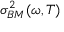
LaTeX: \sigma _ { B M } ^ { 2 } ( \omega , T )